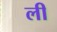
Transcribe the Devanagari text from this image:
ली